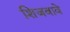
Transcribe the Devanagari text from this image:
शिजवावे